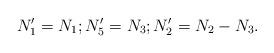
LaTeX: \begin{align*}N'_1 = N_1;N'_5 = N_3;N'_2 = N_2 - N_3 .\end{align*}